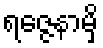
ရဇ္ဇေနာမှိ